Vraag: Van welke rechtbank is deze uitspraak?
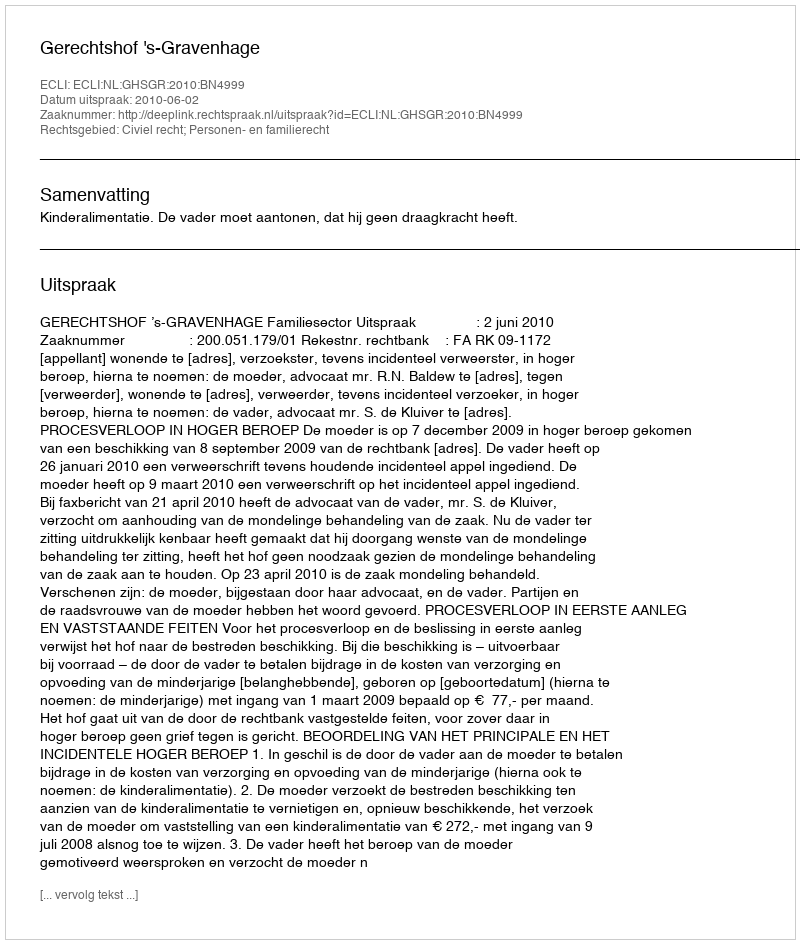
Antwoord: Gerechtshof 's-Gravenhage